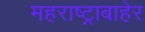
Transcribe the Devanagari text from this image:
महराष्ट्राबाहेर